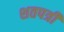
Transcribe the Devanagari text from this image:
शतपत्री